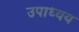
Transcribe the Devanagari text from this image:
उपाध्यय